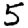
Digit: 5